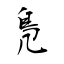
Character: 鳬